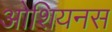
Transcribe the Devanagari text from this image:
ओशियनस